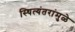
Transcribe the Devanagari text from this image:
स्थित्यंतरांमुळे